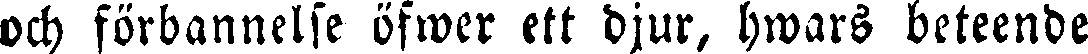
och förbannelse öfwer ett djur, hwars beteende